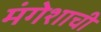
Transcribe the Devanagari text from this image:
मंगेशाची